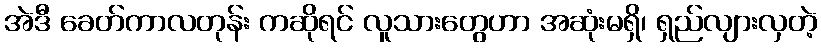
အဲဒီ ခေတ်ကာလတုန်း ကဆိုရင် လူသားတွေဟာ အဆုံးမရှိ၊ ရှည်လျားလှတဲ့